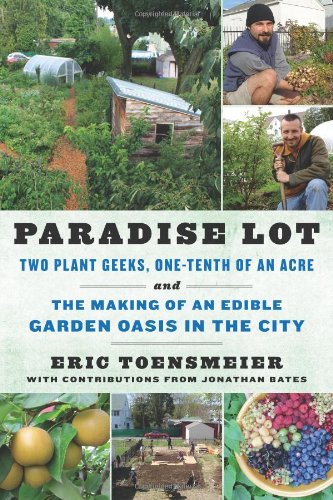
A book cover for Paradise Lot: Two Plant Geeks, One-Tenth of an Acre and the Making of an Edible Garden Oasis in the City; Eric Toensmeier; Crafts, Hobbies & Home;